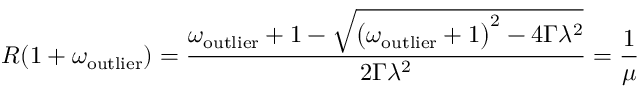
R ( 1 + \omega _ { \mathrm { o u t l i e r } } ) = \frac { \omega _ { \mathrm { o u t l i e r } } + 1 - \sqrt { \big ( \omega _ { \mathrm { o u t l i e r } } + 1 \big ) ^ { 2 } - 4 \Gamma \lambda ^ { 2 } } } { 2 \Gamma \lambda ^ { 2 } } = \frac { 1 } { \mu }